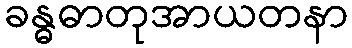
ခန္ဓဓာတုအာယတနာ